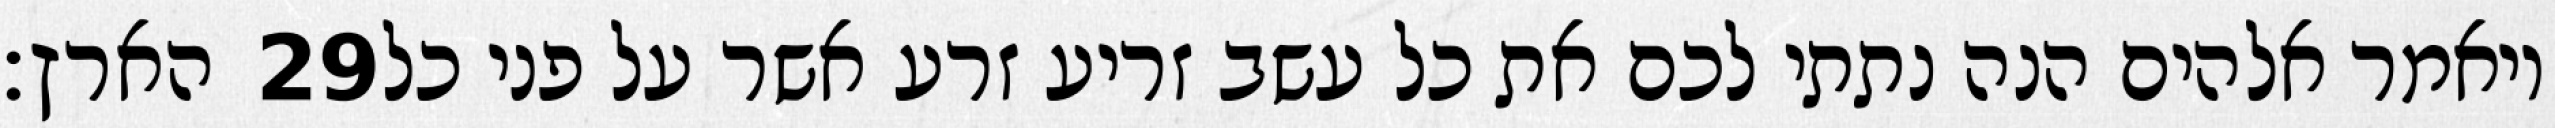
הארץ׃ ‎29‏ ויאמר אלהים הנה נתתי לכם את כל עשב זריע זרע אשר על פני כל